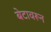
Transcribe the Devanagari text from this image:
बेटावरून